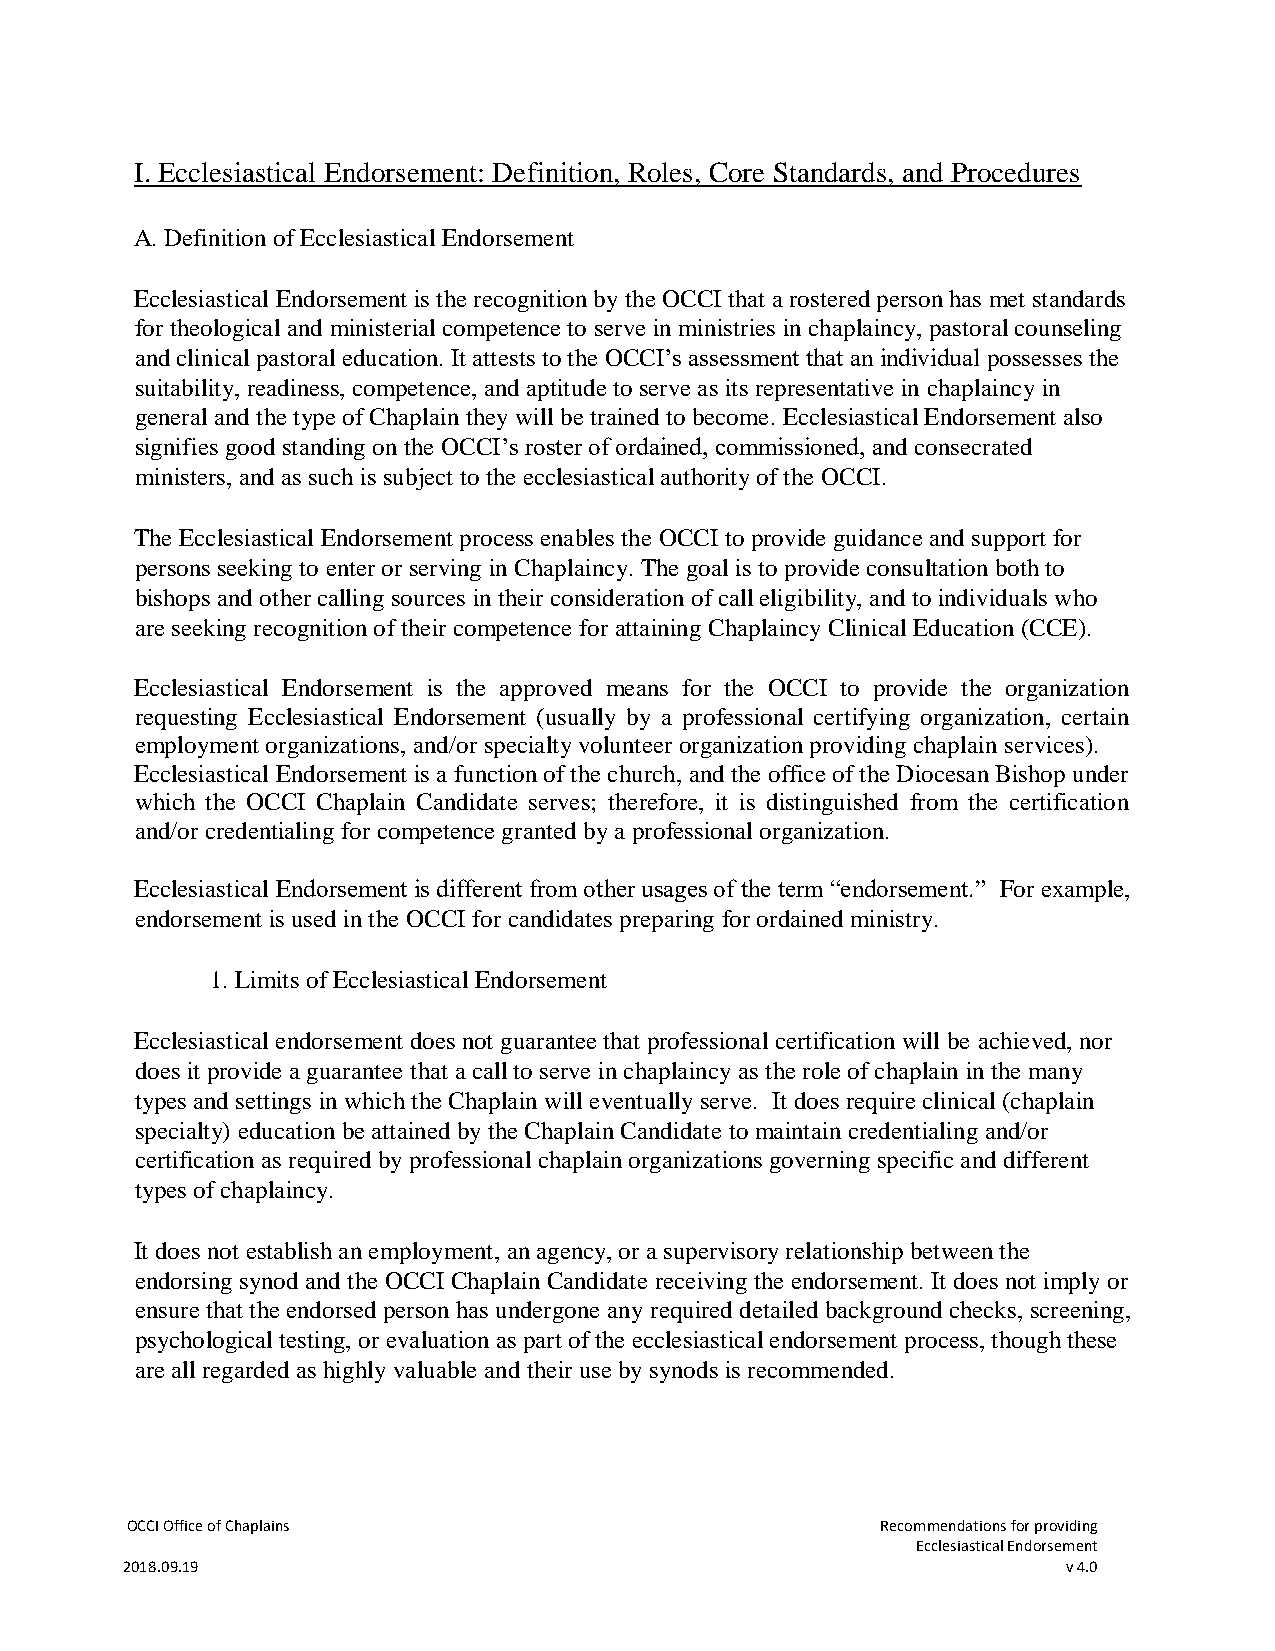
I. Ecclesiastical Endorsement: Definition, Roles, Core Standards, and Procedures
 A. Definition of Ecclesiastical Endorsement
 Ecclesiastical Endorsement is the recognition by the OCCI that a rostered person has met standards
 for theological and ministerial competence to serve in ministries in chaplaincy, pastoral counseling
 and clinical pastoral education. It attests to the OCCI’s assessment that an individual possesses the
 suitability, readiness, competence, and aptitude to serve as its representative in chaplaincy in
 general and the type of Chaplain they will be trained to become. Ecclesiastical Endorsement also
 signifies good standing on the OCCI’s roster of ordained, commissioned, and consecrated
 ministers, and as such is subject to the ecclesiastical authority of the OCCI.
 The Ecclesiastical Endorsement process enables the OCCI to provide guidance and support for
 persons seeking to enter or serving in Chaplaincy. The goal is to provide consultation both to
 bishops and other calling sources in their consideration of call eligibility, and to individuals who
 are seeking recognition of their competence for attaining Chaplaincy Clinical Education (CCE).
 Ecclesiastical Endorsement is the approved means for the OCCI to provide the organization
 requesting Ecclesiastical Endorsement (usually by a professional certifying organization, certain
 employment organizations, and/or specialty volunteer organization providing chaplain services).
 Ecclesiastical Endorsement is a function of the church, and the office of the Diocesan Bishop under
 which the OCCI Chaplain Candidate serves; therefore, it is distinguished from the certification
 and/or credentialing for competence granted by a professional organization.
 Ecclesiastical Endorsement is different from other usages of the term “endorsement.” For example,
 endorsement is used in the OCCI for candidates preparing for ordained ministry.
 1. Limits of Ecclesiastical Endorsement
 Ecclesiastical endorsement does not guarantee that professional certification will be achieved, nor
 does it provide a guarantee that a call to serve in chaplaincy as the role of chaplain in the many
 types and settings in which the Chaplain will eventually serve. It does require clinical (chaplain
 specialty) education be attained by the Chaplain Candidate to maintain credentialing and/or
 certification as required by professional chaplain organizations governing specific and different
 types of chaplaincy.
 It does not establish an employment, an agency, or a supervisory relationship between the
 endorsing synod and the OCCI Chaplain Candidate receiving the endorsement. It does not imply or
 ensure that the endorsed person has undergone any required detailed background checks, screening,
 psychological testing, or evaluation as part of the ecclesiastical endorsement process, though these
 are all regarded as highly valuable and their use by synods is recommended.
 OCCI Office of Chaplains                          Recommendations for providing
 Ecclesiastical Endorsement
 2018.09.19                                                     v 4.0